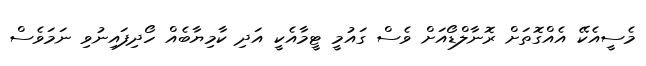
މެސީއެކޭ އެއްގޮތަށް ރޮނާލްޑޯއަށް ވެސް ގައުމީ ޓީމާއެކީ އަދި ކާމިޔާބެއް ހޯދިފައިނުވި ނަމަވެސް